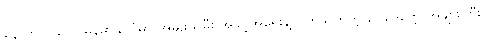
နောက်တခုက မြန်မာနိုင်ငံမှာ အမျိုးသမီး အခွင့်အရေးနဲ့ ပတ်သက်တဲ့ ဥပဒေတွေ အများကြီး